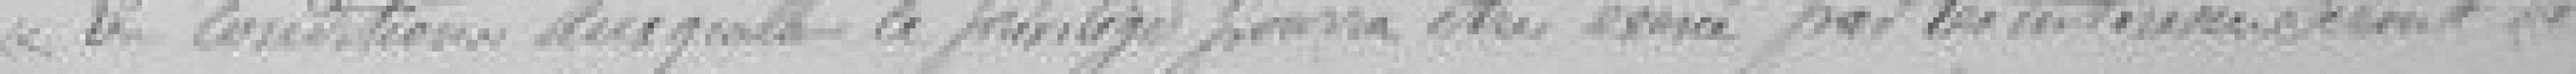
Les conditions auxquelles le privilège pourra être exercé par